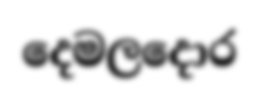
දෙමලදොර